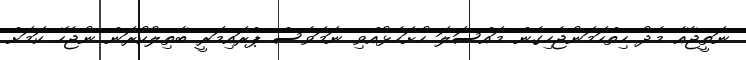
ނަތީޖާއާ މެދު ހިތްހަމަނުޖެހިގެން މައްސަލަ ހުށަހެޅުއްވި ނަމަވެސް ޕްރައިމަރީ ބާތިލުކުރަން ނުޖެހޭ ކަމަށް